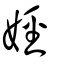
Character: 娙